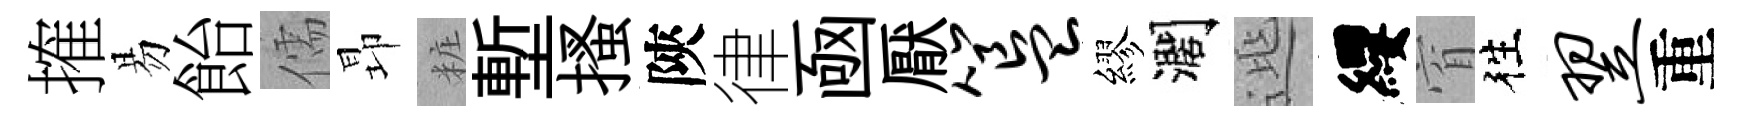
搉易飴儒昻粧塹搔陝律凾厭簋繆濶𨓱纓窅徃翌重